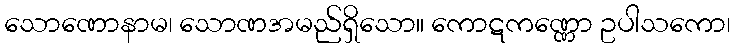
သောဏောနာမ၊ သောဏအမည်ရှိသော။ ကောဋကဏ္ဏော ဥပါသကော၊